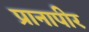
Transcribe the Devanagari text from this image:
प्रानापीर